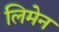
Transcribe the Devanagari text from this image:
लिमेन